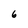
Character: 6